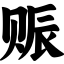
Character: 赈